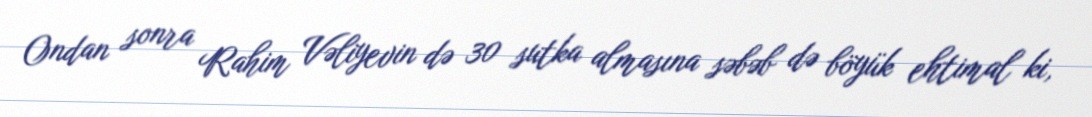
Ondan sonra Rahim Vəliyevin də 30 sutka almasına səbəb də böyük ehtimal ki,